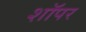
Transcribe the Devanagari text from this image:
शॉपर